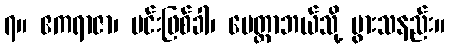
၇။ ဧကရာဇာ၊ မင်းဖြစ်ခါ၊ မေတ္တာဘယ်သို့ ပွားသနည်း။